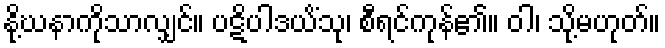
နို့ဃနာကိုသာလျှင်။ ပဋိပါဒယိံသု၊ စီရင်ကုန်၏။ ဝါ၊ သို့မဟုတ်။